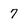
Character: 7